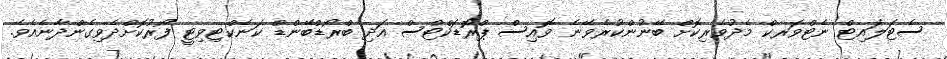
ސެޓަލައިޓް ނެޓްވަރކް މެދުވެރިކޮށް ބޭނުންކުރެވޭނެ ވޮއިސް ޕްރޮޑަކްޓްސް އަދި ބްރޯޑްބޭންޑް ކަނެކްޓިވިޓީ ފޯރުކޮށްދެވިގެންދާނެއެވެ.